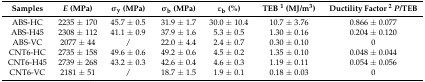
<table><thead><tr><td><b>Samples</b></td><td><b><i>E</i> (MPa)</b></td><td><b>σ<sub>y</sub> (MPa)</b></td><td><b>σ<sub>b</sub> (MPa)</b></td><td><b>ε<sub>b</sub> (%)</b></td><td><b>TEB <sup>1</sup> (MJ/m<sup>3</sup>)</b></td><td><b>Ductility Factor <sup>2</sup><i>P</i>/TEB</b></td></tr></thead><tbody><tr><td>ABS-HC</td><td>2235 ± 170</td><td>45.7 ± 0.5</td><td>31.9 ± 1.7</td><td>30.0 ± 10.4</td><td>10.7 ± 3.76</td><td>0.866 ± 0.077</td></tr><tr><td>ABS-H45</td><td>2308 ± 112</td><td>41.1 ± 0.9</td><td>37.9 ± 1.6</td><td>5.3 ± 0.5</td><td>1.30 ± 0.16</td><td>0.204 ± 0.120</td></tr><tr><td>ABS-VC</td><td>2077 ± 44</td><td>/</td><td>22.0 ± 4.4</td><td>2.4 ± 0.7</td><td>0.30 ± 0.10</td><td>0</td></tr><tr><td>CNT6-HC</td><td>2735 ± 158</td><td>49.6 ± 0.6</td><td>49.2 ± 0.6</td><td>4.5 ± 0.2</td><td>1.35 ± 0.10</td><td>0.048 ± 0.044</td></tr><tr><td>CNT6-H45</td><td>2739 ± 268</td><td>43.2 ± 0.3</td><td>42.6 ± 0.4</td><td>4.6 ± 0.3</td><td>1.19 ± 0.11</td><td>0.054 ± 0.056</td></tr><tr><td>CNT6-VC</td><td>2181 ± 51</td><td>/</td><td>18.7 ± 1.5</td><td>1.9 ± 0.1</td><td>0.18 ± 0.03</td><td>0</td></tr></tbody></table>